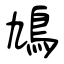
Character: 鳩